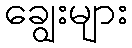
ချွေးများ